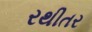
રથીતર